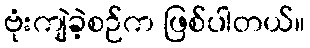
ဗုံးကျဲခဲ့စဉ်က ဖြစ်ပါတယ်။